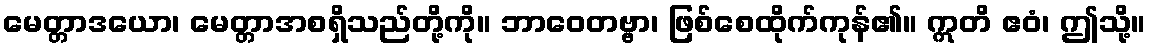
မေတ္တာဒယော၊ မေတ္တာအစရှိသည်တို့ကို။ ဘာဝေတဗ္ဗာ၊ ဖြစ်စေထိုက်ကုန်၏။ ဣတိ ဧဝံ၊ ဤသို့။